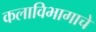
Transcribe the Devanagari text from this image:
कलाविभागाचे